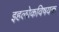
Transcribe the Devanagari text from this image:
इहलोकविषयक